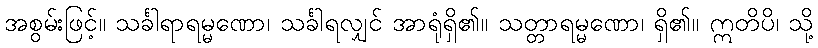
အစွမ်းဖြင့်။ သင်္ခါရာရမ္မဏော၊ သင်္ခါရလျှင် အာရုံရှိ၏။ သတ္တာရမ္မဏော၊ ရှိ၏။ ဣတိပိ၊ သို့